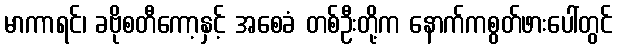
မာကာရင်၊ ခဗိုစတီကော့နှင့် အစေခံ တစ်ဦးတို့က နောက်ကစွတ်ဖားပေါ်တွင်